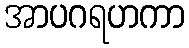
အာပဂရဟကာ